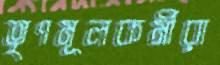
তৃণমূলকর্মীরা